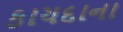
કાયદાના